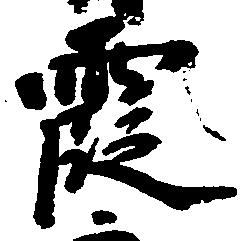
霞